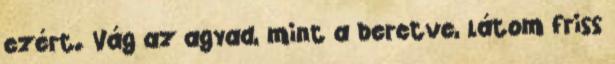
ezért. Vág az agyad, mint a beretve, látom friss